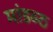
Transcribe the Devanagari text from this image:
मांडव्ठ